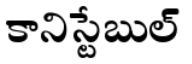
కానిస్టేబుల్